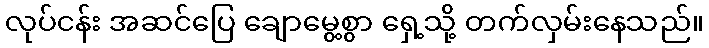
လုပ်ငန်း အဆင်ပြေ ချောမွေ့စွာ ရှေ့သို့ တက်လှမ်းနေသည်။